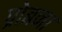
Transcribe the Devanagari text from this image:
प्रोबना